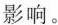
影响。